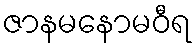
ဇာနမနောမဝီရ